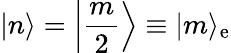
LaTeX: |n\rangle=\left|\frac{m}{2}\right\rangle\equiv|m\rangle_{\mathrm{e}}